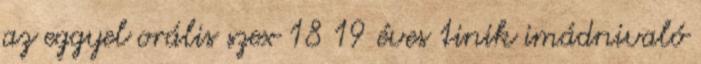
az eggyel orális szex 18 19 éves tinik imádnivaló